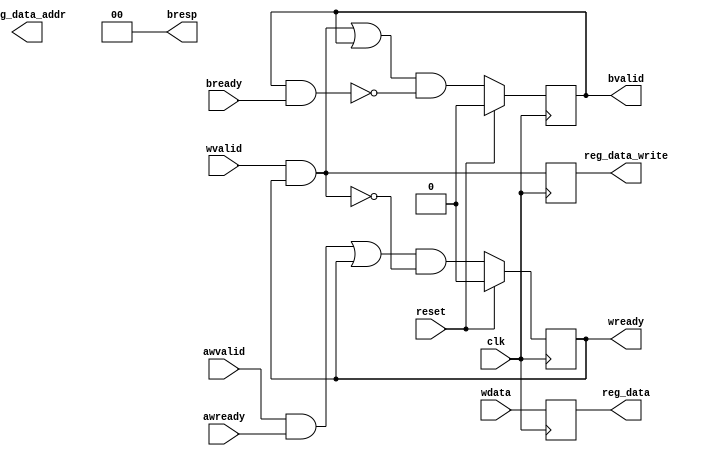
// axi_lite_write.v --- 
// 
// Description: 
// Maintainer: 
// Version: 
// Last-Updated: 
//           By: 
//     Update #: 0
// URL: 
// Keywords: 
// Compatibility: 
// 
// 

// Commentary: 
// 
// 
// 
// 

// Change log:
// 
// 
// 

// -------------------------------------
// Naming Conventions:
// 	active low signals                 : "*_n"
// 	clock signals                      : "clk", "clk_div#", "clk_#x"
// 	reset signals                      : "rst", "rst_n"
// 	generics                           : "C_*"
// 	user defined types                 : "*_TYPE"
// 	state machine next state           : "*_ns"
// 	state machine current state        : "*_cs"
// 	combinatorial signals              : "*_com"
// 	pipelined or register delay signals: "*_d#"
// 	counter signals                    : "*cnt*"
// 	clock enable signals               : "*_ce"
// 	internal version of output port    : "*_i"
// 	device pins                        : "*_pin"
// 	ports                              : - Names begin with Uppercase
// Code:
`timescale 1 ps / 100 fs
module axi_lite_write (/*AUTOARG*/
   // Outputs
   wready, bvalid, bresp, reg_data_addr, reg_data_write, reg_data,
   // Inputs
   clk, reset, awvalid, awready, wvalid, wdata, bready
   );
   parameter C_ADDR_WIDTH = 10;
   parameter C_DATA_WIDTH = 32;
   
   input clk;
   input reset;

   input awvalid;
   input awready;
   
   input wvalid;
   output wready;
   input [C_DATA_WIDTH-1:0] wdata;
   
   output 		    bvalid;
   input 		    bready;
   output [1:0] 	    bresp;
   
   output [C_ADDR_WIDTH-1:0] reg_data_addr;
   output 		     reg_data_write;
   output [C_DATA_WIDTH-1:0] reg_data;
   /***************************************************************************/
   /*AUTOREG*/
   // Beginning of automatic regs (for this module's undeclared outputs)
   reg [C_DATA_WIDTH-1:0] reg_data;
   reg [C_ADDR_WIDTH-1:0] reg_data_addr;
   reg			reg_data_write;
   // End of automatics

   /***************************************************************************/
   // HandShake signals
   wire 		     awhandshake;
   wire 		     whandshake;
   wire 		     bhandshake;
   assign awhandshake = awvalid & awready;
   assign whandshake  = wvalid  & wready;
   assign bhandshake  = bvalid  & bready;

   // wchannel only accept data after aw handshake
   reg 			     wready_i;
   assign wready = wready_i;

   always @(posedge clk)
     begin
	if (reset)
	  begin
	     wready_i <= #1 1'b0;
	  end
	else
	  begin
	     wready_i <= #1 (awhandshake | wready_i) & ~whandshake;
	  end
     end // always @ (posedge clk)

   // Data is registered but not latched (like awaddr) since is used a cycle later
   always @(posedge clk)
     begin
	reg_data       <= #1 wdata;
	reg_data_write <= #1 whandshake;
     end

   // bresponse is send after success w handshake
   reg bvalid_i;
   assign bvalid = bvalid_i;
   assign bresp  = 2'b0;	// Okay
   
   always @(posedge clk)
     begin
	if (reset)
	  begin
	     bvalid_i <= #1 1'b0;
	  end
	else
	  begin
	     bvalid_i <= #1 (whandshake | bvalid_i) & ~bhandshake;
	  end
     end // always @ (posedge clk)
endmodule
// 
// axi_lite_write.v ends here